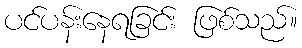
ပင်ပန်းနေရခြင်း ဖြစ်သည်။